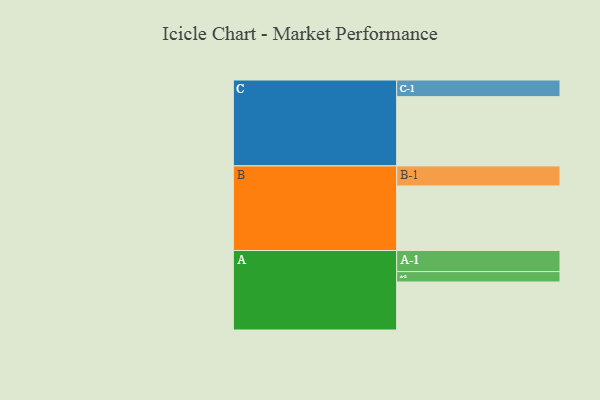
{"axis": {"x": "Segment", "y": "Value"}, "legend": ["", "A", "B", "C"], "data": [{"x": "A", "y": 337, "type": ""}, {"x": "B", "y": 453, "type": ""}, {"x": "C", "y": 486, "type": ""}, {"x": "A-1", "y": 148, "type": "A"}, {"x": "A-2", "y": 73, "type": "A"}, {"x": "B-1", "y": 141, "type": "B"}, {"x": "C-1", "y": 117, "type": "C"}]}